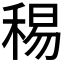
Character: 𥟘